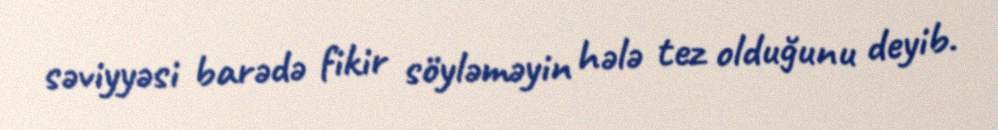
səviyyəsi barədə fikir söyləməyin hələ tez olduğunu deyib.